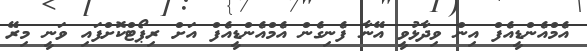
އެމްއެންޑީއެފް އިން ވިދާޅުވީ އޭނާ ފެނިގެން އެމްއެންޑީއެފް އަށް ރިޕޯޓްކޮށްފައި ވަނީ މިރޭ